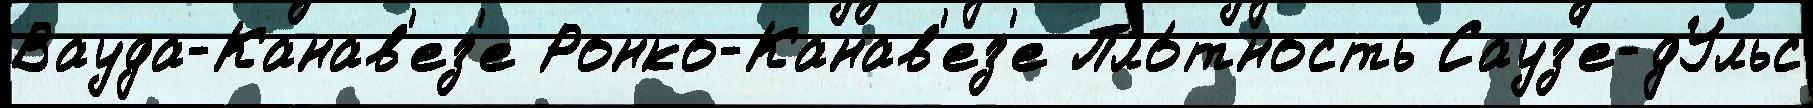
Вауда-Канав'ез'е Ронко-Канав'ез'е Пло́тность Сауз'е-дУльс